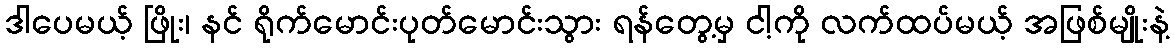
ဒါပေမယ့် ဖြိုး၊ နင် ရိုက်မောင်းပုတ်မောင်းသွား ရန်တွေ့မှ ငါ့ကို လက်ထပ်မယ့် အဖြစ်မျိုးနဲ့